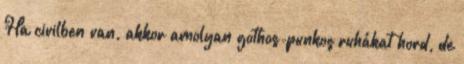
Ha civilben van, akkor amolyan gothos-punkos ruhákat hord, de